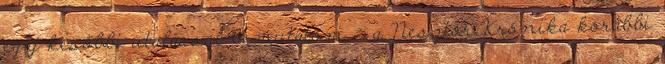
egy későbbi utalással bemutatom - a Nesztor Krónika korábbi